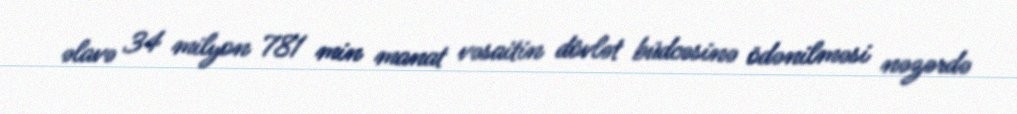
əlavə 34 milyon 781 min manat vəsaitin dövlət büdcəsinə ödənilməsi nəzərdə